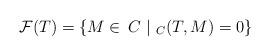
LaTeX: \begin{align*} \mathcal{F}(T)=\{M\in\mathop{}C~|~_C(T,M)=0\} \end{align*}